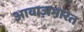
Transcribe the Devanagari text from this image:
आवाज़भारत